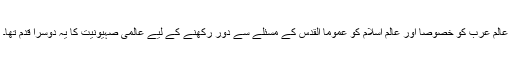
عالم عرب کو خصوصا اور عالم اسلام کو عموما القدس کے مسئلے سے دور رکھنے کے لیے عالمی صہیونیت کا یہ دوسرا قدم تھا۔